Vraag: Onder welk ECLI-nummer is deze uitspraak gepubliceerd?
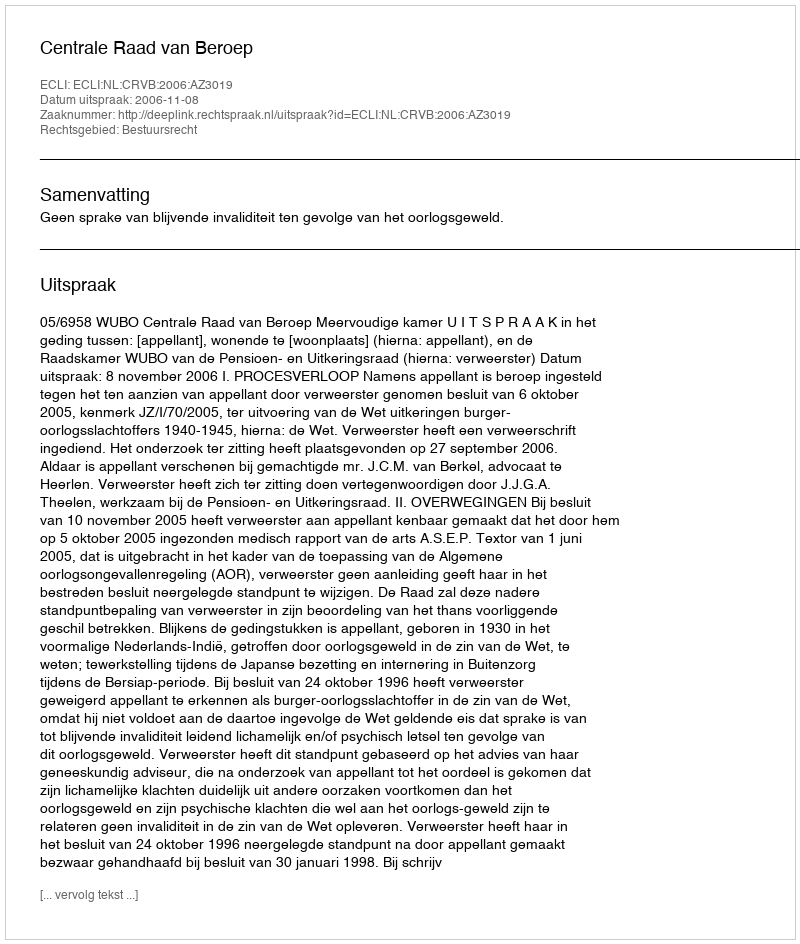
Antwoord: ECLI:NL:CRVB:2006:AZ3019